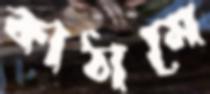
কাঠামে